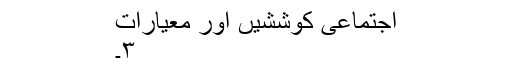
اجتماعی کوششیں اور معیارات
۳۔